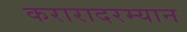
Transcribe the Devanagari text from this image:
करारादरम्यान